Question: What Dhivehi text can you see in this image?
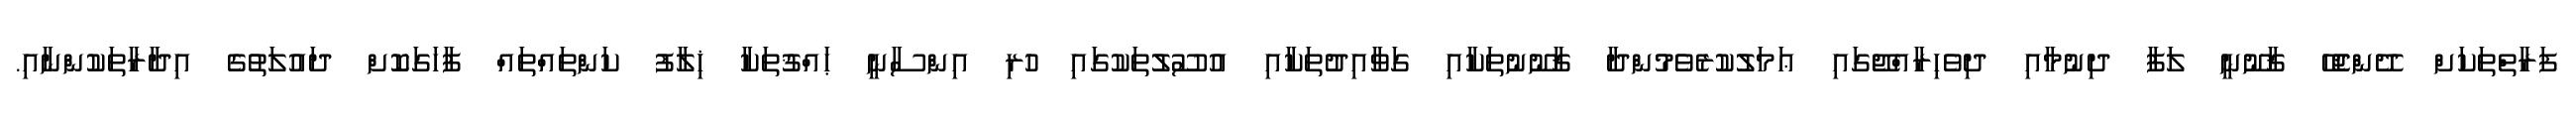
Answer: ފަރާތްތަކަށް ދޭންޖެހޭ ޤާނޫނީ ލަފާ ދިނުމާއި ދިވެހިރާއްޖޭގައި ޢަމަލުކުރެވެމުންދާ ޤާނޫނުތަކާއި ގަވާއިދުތަކާއި އުސޫލުތަކުގައި ހުރި އިންސާނީ ޙައްޤުތަކާ ޚިލާފު ކަންތައްތައް ފާހަގަކޮށް ދައުލަތުގެ އިދާރާތަކުންނާއި.